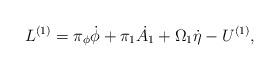
LaTeX: \begin{align*}L^{(1)} =\pi _\phi \dot{\phi} + \pi _1 \dot{A_1} + \Omega_1 \dot {\eta } - U^{(1)},\end{align*}